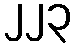
၂၂၃